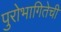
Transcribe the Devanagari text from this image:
पुरोभागितेची